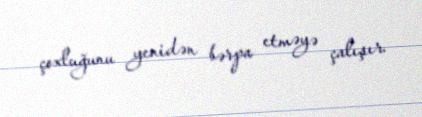
çoxluğunu yenidən bərpa etməyə çalışır.